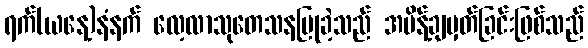
ရက်(ယနေ့)နံနက် လေ့လာသုတေသနပြုခဲ့သည် အမိန့်ချမှတ်ခြင်းဖြစ်သည်